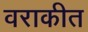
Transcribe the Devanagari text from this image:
वराकीत